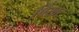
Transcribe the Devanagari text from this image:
षिखर